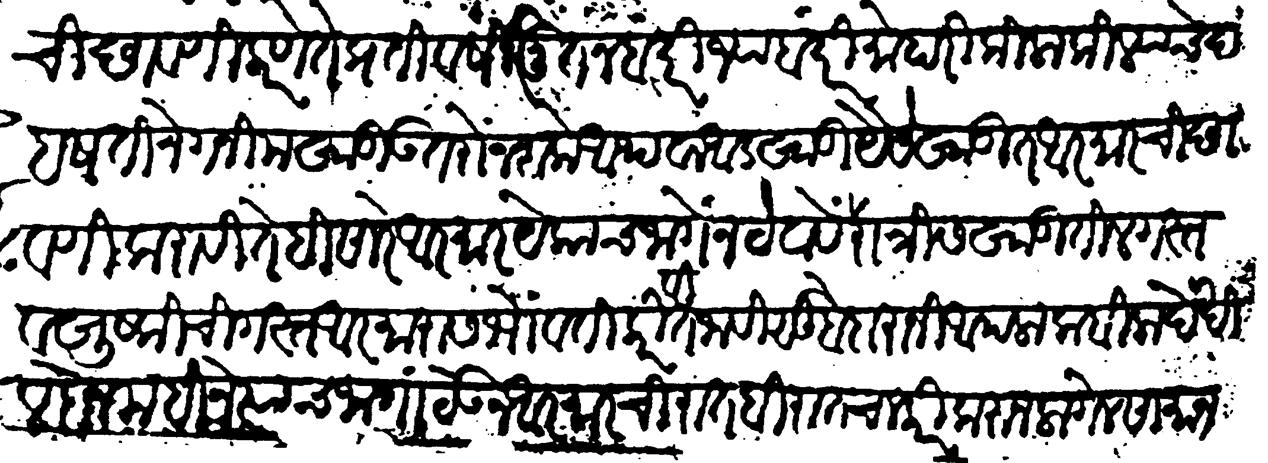
Transliteration (Devanagari): ची छावणी करणे ते प्रतिवर्षी नूतन बंदरी ज्या बंदरीं मोहारी किल्ला किल्ल्याचे दहषतीने गनीम खाडी उतरों न शके अथवा आडखाडी यैसे खाडींत आरमारची छावणी करावी तें हि सारें आरमार येकाच जागे न ठेवावें जागा जागा छावणीस ठेवावे रात्रीस खाडींतील गस्त व खुष्कीची गस्त आरमारासभोवतीं करवीत जावी सुबेदारानी आपला कबिला देखील दोन महिने त्याच जागा ठेऊन आरमाराची रातबिरात चाकरी करून लागेल सामान